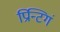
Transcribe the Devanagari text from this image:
प्रिन्टिगं